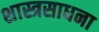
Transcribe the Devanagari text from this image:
शास्त्रसाधना